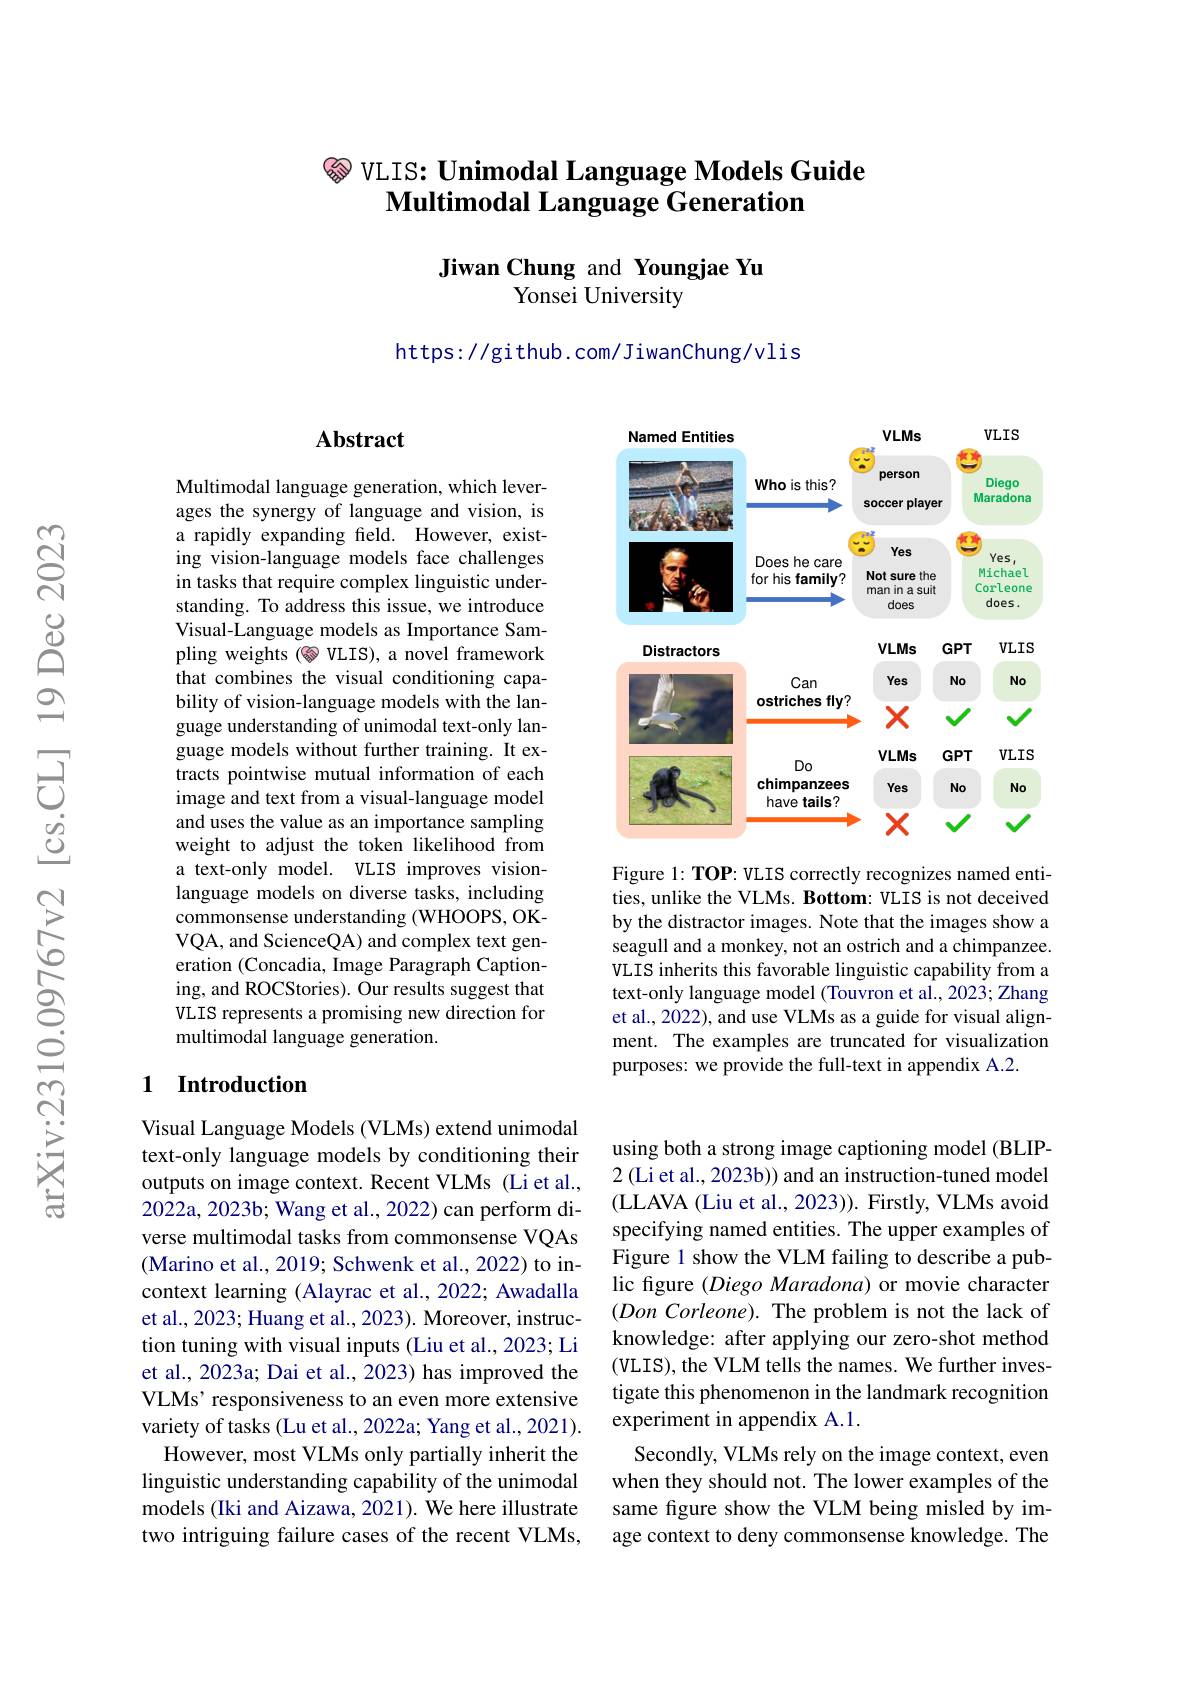
# $\otimes$ VLIS: Unimodal Language Models Guide $\textbf{Multimodal Language Generation}$

Jiwan Chung and Youngjae Yu
Yonsei University

https://github.com/JiwanChung/vlis

## Abstract

Multimodal language generation, which leverages the synergy of language and vision, is a rapidly expanding feld. However, existing vision-language models face challenges in tasks that require complex linguistic understanding. To address this issue, we introduce Visual-Language models as Importance Sampling weights (多 VLIS), a novel framework that combines the visual conditioning capability of vision-language models with the language understanding of unimodal text-only language models without further training. It extracts pointwise mutual information of each image and text from a visual-language model and uses the value as an importance sampling weight to adjust the token likelihood from a text-only model. VLIS improves visionlanguage models on diverse tasks, including commonsense understanding (WHOOPS, OKVQA, and ScienceQA) and complex text generation (Concadia, Image Paragraph Captioning, and ROCStories). Our results suggest that VLIS represents a promising new direction for $\tilde{\text{multimodal language generation}}.$

## 1 Introduction

Visual Language Models (VLMs) extend unimodal text-only language models by conditioning their outputs on image context. Recent VLMs (Li et al., 2022a, 2023b; Wang et al., 2022) can perform diverse multimodal tasks from commonsense VQAs (Marino et al., 2019; Schwenk et al., 2022) to incontext learning (Alayrac et al., 2022; Awadalla et al., 2023; Huang et al., 2023). Moreover, instruction tuning with visual inputs (Liu et al., 2023; Li et al., 2023a; Dai et al., 2023) has improved the VLMs' responsiveness to an even more extensive variety of tasks (Lu et al., 2022a; Yang et al., 2021). However, most VLMs only partially inherit the
linguistic understanding capability of the unimodal models (Iki and Aizawa, 2021). We here illustrate two intriguing failure cases of the recent VLMs,

<FigureHere>

Figure 1: TOP: VLIS correctly recognizes named entities, unlike the VLMs. Bottom: VLIS is not deceived by the distractor images. Note that the images show a seagull and a monkey, not an ostrich and a chimpanzee. VLIS inherits this favorable linguistic capability from a text-only language model (Touvron et al., 2023; Zhang et al., 2022), and use VLMs as a guide for visual alignment. The examples are truncated for visualization purposes: we provide the full-text in appendix A.2.

using both a strong image captioning model (BLIP- $2\left(\text{Li et al., 2023b)) and an instruction-tuned model}\right.$ (LLAVA (Liu et al., 2023)). Firstly, VLMs avoid specifying named entities. The upper examples of Figure 1 show the VLM failing to describe a public figure (Diego Maradona) or movie character $( Don\textit{Corleone) . The problem is not the lack of}$ knowledge: after applying our zero-shot method (VLIS), the VLM tells the names. We further investigate this phenomenon in the landmark recognition experiment in appendix A.1.
Secondly, VLMs rely on the image context, even when they should not. The lower examples of the same figure show the VLM being misled by image context to deny commonsense knowledge. The